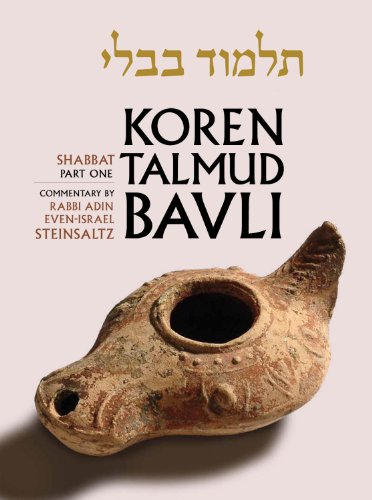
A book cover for Koren Talmud Bavli, Vol.2: Tractate Shabbat, Part 1 (Hebrew and English Edition); Adin Steinsaltz; Religion & Spirituality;